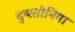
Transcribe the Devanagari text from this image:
द्य्स्तोनिया